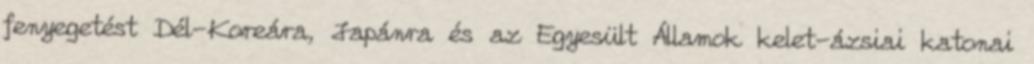
fenyegetést Dél-Koreára, Japánra és az Egyesült Államok kelet-ázsiai katonai